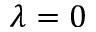
\lambda = 0